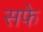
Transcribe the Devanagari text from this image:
सफे